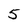
Character: 5